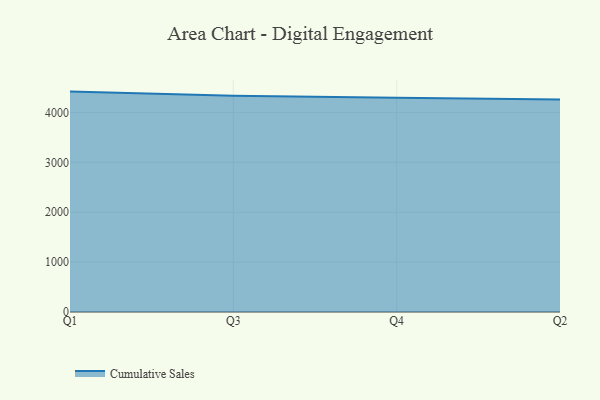
{"axis": {"x": "Quarter", "y": "Shipments"}, "legend": ["Cumulative Sales"], "data": [{"x": "Q1", "y": 4418.2, "type": "Cumulative Sales"}, {"x": "Q3", "y": 4335.7, "type": "Cumulative Sales"}, {"x": "Q4", "y": 4296.1, "type": "Cumulative Sales"}, {"x": "Q2", "y": 4257.5, "type": "Cumulative Sales"}]}